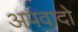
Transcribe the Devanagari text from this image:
अपवादो